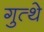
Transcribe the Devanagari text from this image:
गुत्थे